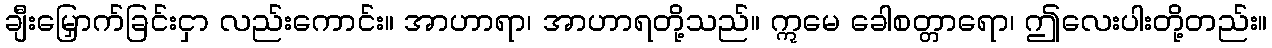
ချီးမြှောက်ခြင်းငှာ လည်းကောင်း။ အာဟာရာ၊ အာဟာရတို့သည်။ ဣမေ ခေါစတ္တာရော၊ ဤလေးပါးတို့တည်း။